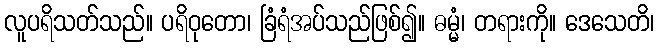
လူပရိသတ်သည်။ ပရိဝုတော၊ ခြံရံအပ်သည်ဖြစ်၍။ ဓမ္မံ၊ တရားကို။ ဒေသေတိ၊